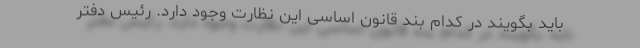
باید بگویند در کدام بند قانون اساسی این نظارت وجود دارد. رئیس دفتر